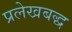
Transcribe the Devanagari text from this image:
प्रलेखबद्ध